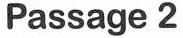
Passage 2